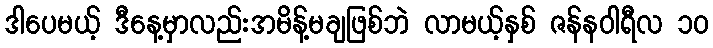
ဒါပေမယ့် ဒီနေ့မှာလည်းအမိန့်မချဖြစ်ဘဲ လာမယ့်နှစ် ဇန်နဝါရီလ ၁၀